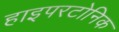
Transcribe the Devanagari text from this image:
हाइपरटोनिक